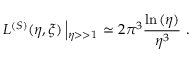
L ^ { ( S ) } ( \eta , \xi ) \left| _ { \eta > > 1 } \right. \simeq 2 \pi ^ { 3 } { \frac { \ln { ( \eta ) } } { \eta ^ { 3 } } } \ .